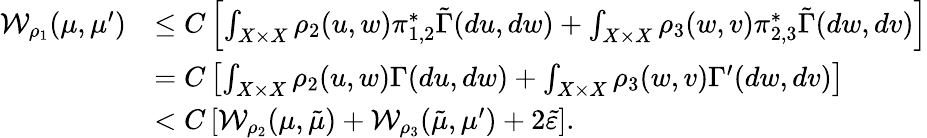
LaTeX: \begin{array}{rl}{\mathcal{W}_{\rho_{1}}(\mu,\mu^{\prime})}&{\leq C\left[\int_{X\times X}\rho_{2}(u,w)\pi_{1,2}^{*}\tilde{\Gamma}(du,dw)+\int_{X\times X}\rho_{3}(w,v)\pi_{2,3}^{*}\tilde{\Gamma}(dw,dv)\right]}\\ &{=C\left[\int_{X\times X}\rho_{2}(u,w)\Gamma(du,dw)+\int_{X\times X}\rho_{3}(w,v)\Gamma^{\prime}(dw,dv)\right]}\\ &{<C\left[\mathcal{W}_{\rho_{2}}(\mu,\tilde{\mu})+\mathcal{W}_{\rho_{3}}(\tilde{\mu},\mu^{\prime})+2\tilde{\varepsilon}\right].}\end{array}